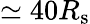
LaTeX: \simeq 40R_{\mathrm{s}}